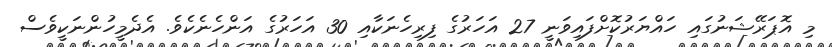
މި އޮޕަރޭޝަނުގައި ހައްޔަރުކޮށްފައިވަނީ 27 އަހަރުގެ ފިރިހެނަކާއި 30 އަހަރުގެ އަންހެނެކެވެ. އެދެމީހުންނަކީވެސް